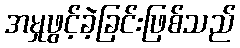
အမှုဖွင့်ခဲ့ခြင်းဖြစ်သည်